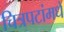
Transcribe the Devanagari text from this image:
चित्रपटांमधे